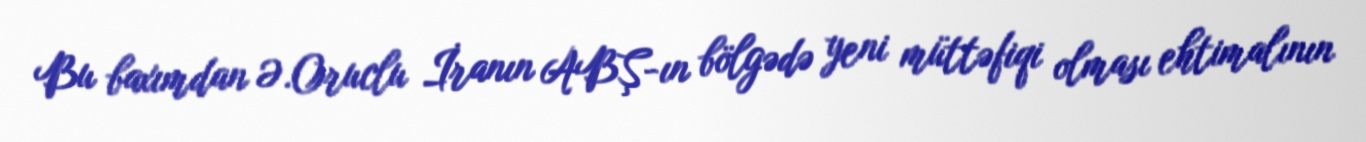
Bu baxımdan Ə.Oruclu İranın ABŞ-ın bölgədə yeni müttəfiqi olması ehtimalının